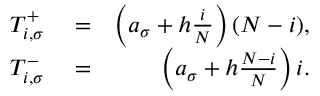
\begin{array} { r l r } { T _ { i , \sigma } ^ { + } } & { { } = } & { \left( a _ { \sigma } + h \frac { i } { N } \right) ( N - i ) , } \\ { T _ { i , \sigma } ^ { - } } & { { } = } & { \left( a _ { \sigma } + h \frac { N - i } { N } \right) i . } \end{array}